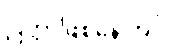
ပြိတ္တာဖြစ်နေကြပုံ။